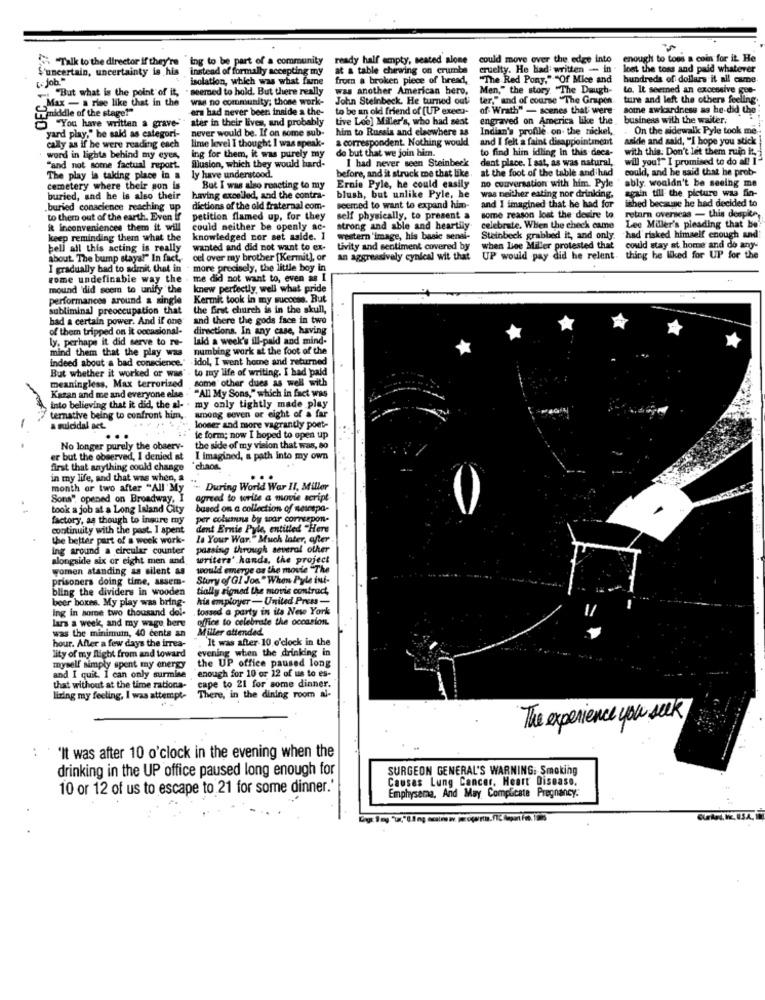
Talk to the director if they're
Talk to the director if they're "ing to be part of a community ready half empty, seated alone
could move over the edge into
enough to tous a coin for it. He
S'uncertain, uncertainty is his instead of formally accepting my
at a table chewing on crumbe
cruelty. He had written - in
lost the toss and paid whatever
( Job."
isolation, which was what fame
from a broken piece of bread,
"The Red Pony,"- "Of Mice and
hundreds of dollars it all came
- "But what is the point of it,
" seemed to hold. But there really
was another American hero,
Men," the story "The Daugh-
to. It seemed an excessive cee-
Max - a rise like that in the
was no community; those work-
John Steinbeck. He turned out ter," and of course "The Grapes
John Steinbeck. He turned out!
ture and left the others feeling
Simiddle of the stage!"
era had never been. inside a the-
to be an old friend of [UP execu-
of Wrath" - scenes that were
some awkardness as he did the
ater in their lives, and probably
Live Loo] Miller's, who had seat
engraved on America like the.
business with the waiter.
"You have written a grave-
never would be. If on some sub-
him to Russia and elaowhere as
Indian's profile on the nickel,
On the sidewalk Pyle took me
yard play," he said as categori-
a correspondent. Nothing would
and I felt a faint disappointment
wide and sakl, "I hope you stick
cally as if he were reading each
lime level I thought I was speak-
de but that we join him.
to find him idling In this decs-
with this. Don't let them ruin it
word in lights behind my eyes,
ing for them, it was purely my
I had never seen Steinbeck
dent place. I sat, as was natural,
will you!" I promised to do all 1-
"and not some factual report.
illusion, which they would hard-
before, and it struck me that like
at the foot of the table and had
could, and he said that he prob-
The play is taking place in a
ly have understood.
Ernie Pyle, he could easily
cemetery where their son is
But I was also reacting to my
no conversation with him. Pyle
ably. wouldn't be seeing me
again till the picture was fin-
buried, and he is also their
having excelled, and the contra-
blush, but unlike Pyle, he
was neither eating nor drinking.
ished because he had decided to
.buried conscience reaching up
dictions of the old fraternal com-
seerced to want to expand him-
and I imagined that he had for
to them out of the earth. Even if
petition flamed up, for they
self physically, to present a
some reason lost the desire to
return overseas - this despite,
it inconveniences them it will
could neither be openly ac-
strong and able and heartily
celebrate. When the check came
Lee Miller's pleading that be'
keep reminding them what the
knowledged nor set aside. 1
western 'image, his basic sensi-
Steinbeck grabbed it, and only.
had risked himself enough and
hell all this acting is really
wanted and did not want to ex-
tivity and sentiment covered by
when Lee Miller protested that
could stay at home and do any-
about The bump staya!" In fact,
cel over my brother [Kermit], or
an aggressively cynical wit that
UP would pay did he relent. thing he liked for UP for the
I gradually bad to admit that in - more precisely, the little boy in
rome undefinable way the . me did not want to, even as I
me did not want to, even as I
mound 'did seem to unify the
knew perfectly, well what pride
performances around a single
Kermit took in my success. But
subliminal preoccupation that
the first church is in the skull,
had a certain power. And if one"
and there the gods face in two
of them tripped on it oocasional-
directions. In any case, having
ly. perhaps it did serve to re-
laid a week's ill-paid and mind-
mind them that the play was
numbing work at the foot of the
indeed about a bad conscience." idol, I went home and returned
idol, I went home and returned
But whether it worked or was"
to my life of writing. I had paid
meaningless, Max terrorized
some other dues as well with
Kazan and me and everyone else . "All My Sons," which in fact was
"All My Sons," which in fact was
into believing that it did, the al- . my only tightly made play
anong seven or eight of a far
ternative being to confront him,
a suicidal act.
looser and more vagrantly poet-
..
fe form; now I hoped to open up
No longer purely the observ-
the side of my vision that was, so
er but the observed, I denied at I imagined, a path into my own
I Imagined, a path into my own
first that anything could change
chaos.
in my life, and that was when, a
...
month or two after "All'My
During World War II, Miller
Sons", opened on Broadway, I
agreed to write a movie script
took a job at a Long Island City
based on a collection of sescspa-
factory, as though to insure my
per columns by soar cornsepon-
continuity with the past. I spent
dent Ernie Pyle, entitled "Here
the better part of a week work-
La Your War. "Much later, efter
Ing around a circular counter
passing through several other
alongside six or eight men and
writers' hands, the project
women standing as silent as
would emerge as the movie "The
prisoners doing time, assem-
Stury of GI Jon" When Pyle ini-
bling the dividers in wooden
tially signed the movie contract,
beer boxes. My play was bring-
his employer- United Press-
ing in some two thousand dol-
, tossed a party in its New York
lars a week, and my wage here
office to celebrate the occasion.
was the minimum, 40 cents an
Miller attended
hour. After a few days the irrea-
It was after-10 o'clock in the
evening when the drinking in
lity of my flight from and toward
the UP office paused long
myself simply spent my energy
and I quit. 1 can only surmise
enough for 10 or 12 of us to es-
that without at the time rationa.
cape to 21 for some dinner.
lizing my feeling, I was attempt-
There, in the dining room al-
The experience you seek
"It was after 10 o'clock in the evening when the
drinking in the UP office paused long enough for
SURGEON GENERAL'S WARNING. Smoking
Causes Lung Cancer, Heart Disease.
10 or 12 of us to escape to 21 for some dinner.'
Emphysema, And May Complicate Pregnancy.